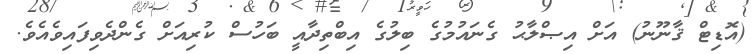
(އޮޑިޓް ޤާނޫނު) އަށް އިޞްލާޙު ގެނައުމުގެ ބިލުގެ އިބްތިދާއީ ބަހުސް ކުރިއަށް ގެންދެވިފައިވެއެވެ.